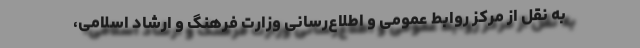
به نقل از مرکز روابط عمومی و اطلاع‌رسانی وزارت فرهنگ و ارشاد اسلامی،